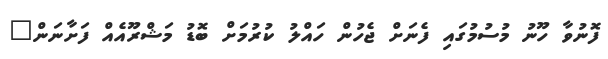
ފޮނުވާ ހޫނު މުސުމުގައި ފެނަށް ޖެހުން ހައްލު ކުރުމަށް ބޮޑު މަޝްރޫއެއް ފަށާނަން"